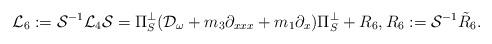
LaTeX: \begin{align*}\mathcal{L}_6:=\mathcal{S}^{-1} \mathcal{L}_4 \mathcal{S}=\Pi_S^{\perp} (\mathcal{D}_{\omega}+m_3 \partial_{xxx}+m_1 \partial_x)\Pi_S^{\perp}+R_6, R_6:=\mathcal{S}^{-1} \tilde{R}_6.\end{align*}